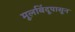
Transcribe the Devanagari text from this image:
मूलबिंदूपासून